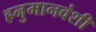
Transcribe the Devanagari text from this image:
हनुमानवंशी